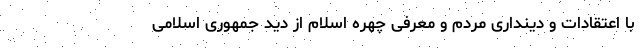
با اعتقادات و دینداری مردم و معرفی چهره اسلام از دید جمهوری اسلامی